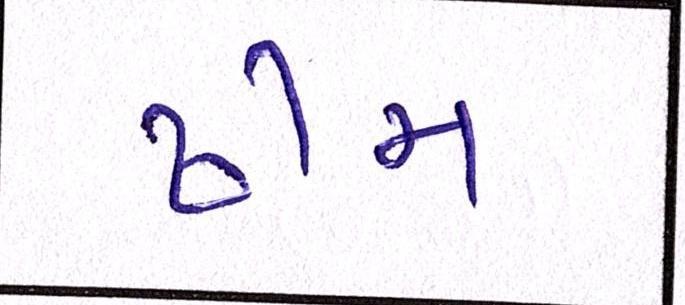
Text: ઢીમ